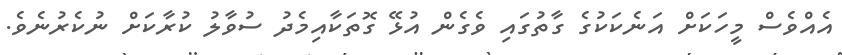
އެއްވެސް މީހަކަށް އަނެކަކުގެ ގާތުގައި ވެގެން އުޅޭ ގޮތަކާއިމެދު ސުވާލު ކުރާކަށް ނުކެރުނެވެ.